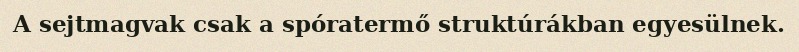
A sejtmagvak csak a spóratermő struktúrákban egyesülnek.